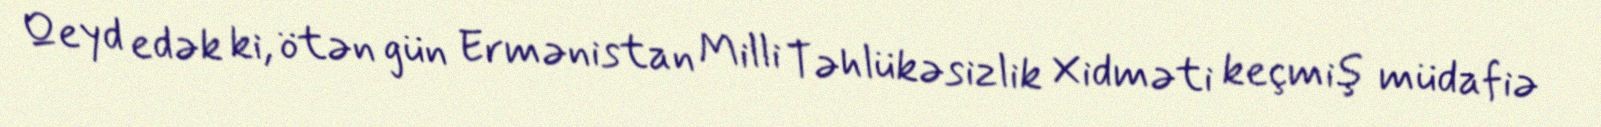
Qeyd edək ki, ötən gün Ermənistan Milli Təhlükəsizlik Xidməti keçmiş müdafiə